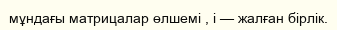
мұндағы матрицалар өлшемі , i — жалған бірлік.